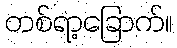
တစ်ရာ့ခြောက်။